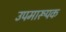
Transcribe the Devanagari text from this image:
उपमारूपक